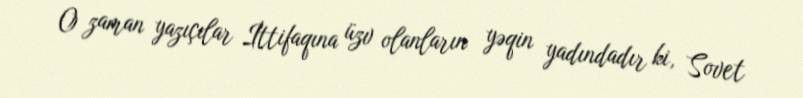
O zaman yazıçılar İttifaqına üzv olanların yəqin yadındadır ki, Sovet